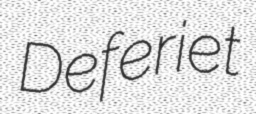
Deferiet